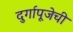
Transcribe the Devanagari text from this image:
दुर्गापूजेची